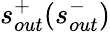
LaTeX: s_{out}^{+}(s_{out}^{-})